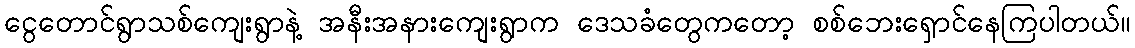
ငွေတောင်ရွာသစ်ကျေးရွာနဲ့ အနီးအနားကျေးရွာက ဒေသခံတွေကတော့ စစ်ဘေးရှောင်နေကြပါတယ်။